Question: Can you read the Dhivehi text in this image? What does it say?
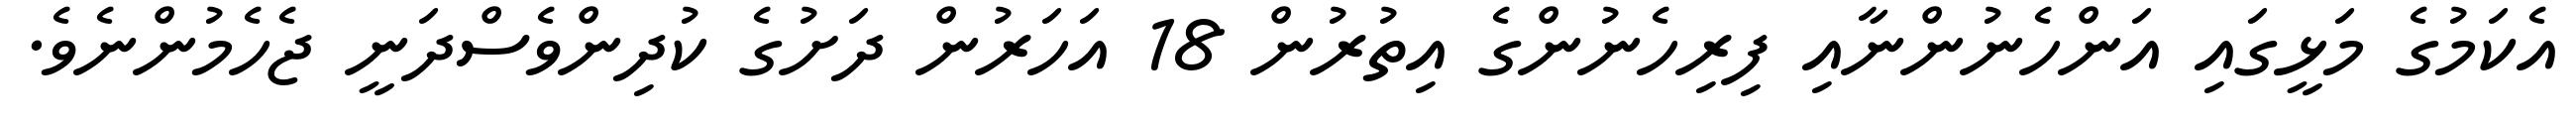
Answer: އެކަމުގެ މަޅީގައި އަންހެނުންނާއި ފިރިހެނުންގެ އިތުރުން 18 އަހަރުން ދަށުގެ ކުދިންވެސްދަނީ ޖެހެމުންނެވެ.